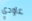
عاودي